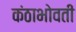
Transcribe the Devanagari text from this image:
कंठाभोवती